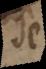
Je